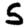
Digit: 5